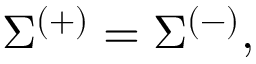
\Sigma ^ { \left( + \right) } = \Sigma ^ { \left( - \right) } ,